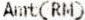
AMT(RM)